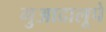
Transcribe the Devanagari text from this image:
गुआदालूपे